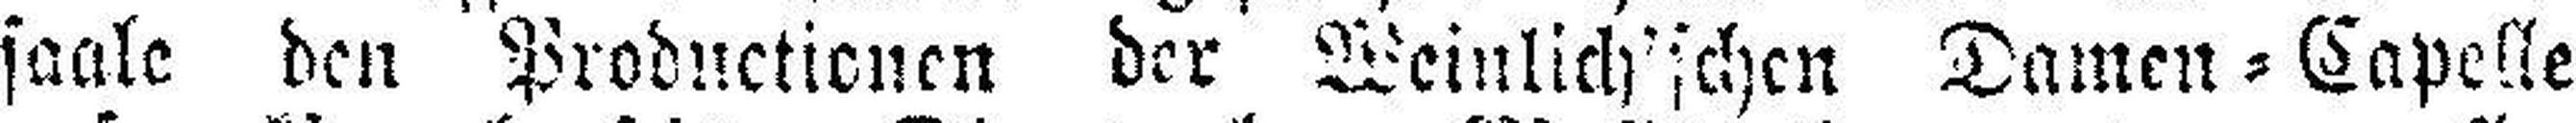
saale den Productionen der Weinlicht'schen Damen=Capelle